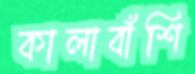
কালাবাঁশি